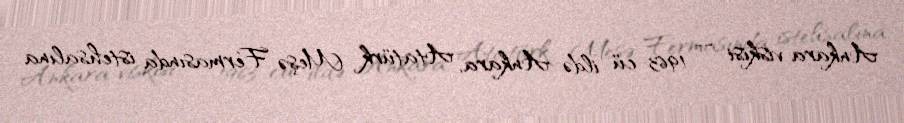
Ankara viskisi — 1963-cü ildə Ankara, Atatürk Meşə Fermasında istehsalına